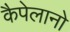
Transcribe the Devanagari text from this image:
कैपेलानो